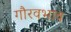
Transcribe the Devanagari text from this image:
गौरवभाव